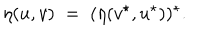
LaTeX: \eta ( u , v ) \; = \; ( \eta ( v ^ { \star } , u ^ { \star } ) ) ^ { \star } .